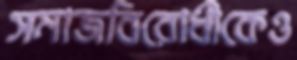
সমাজবিরোধীকেও